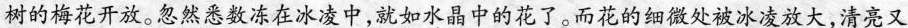
树的梅花开放。忽然悉数冻在冰凌中，就如水晶中的花了。而花的细微处被冰凌放大，清亮又